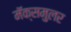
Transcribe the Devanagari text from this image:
मॅक्समुलर